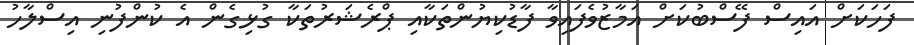
ފަހަކަށް އައިސް ފޭސްބުކަށް އަމާޒުވެފައިވާ ފާޑުކިޔުންތަކާއި ޕްރެޝަރުތަކާ ގުޅިގެން އެ ކުންފުނި އިސްލާހު